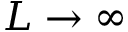
L \to \infty